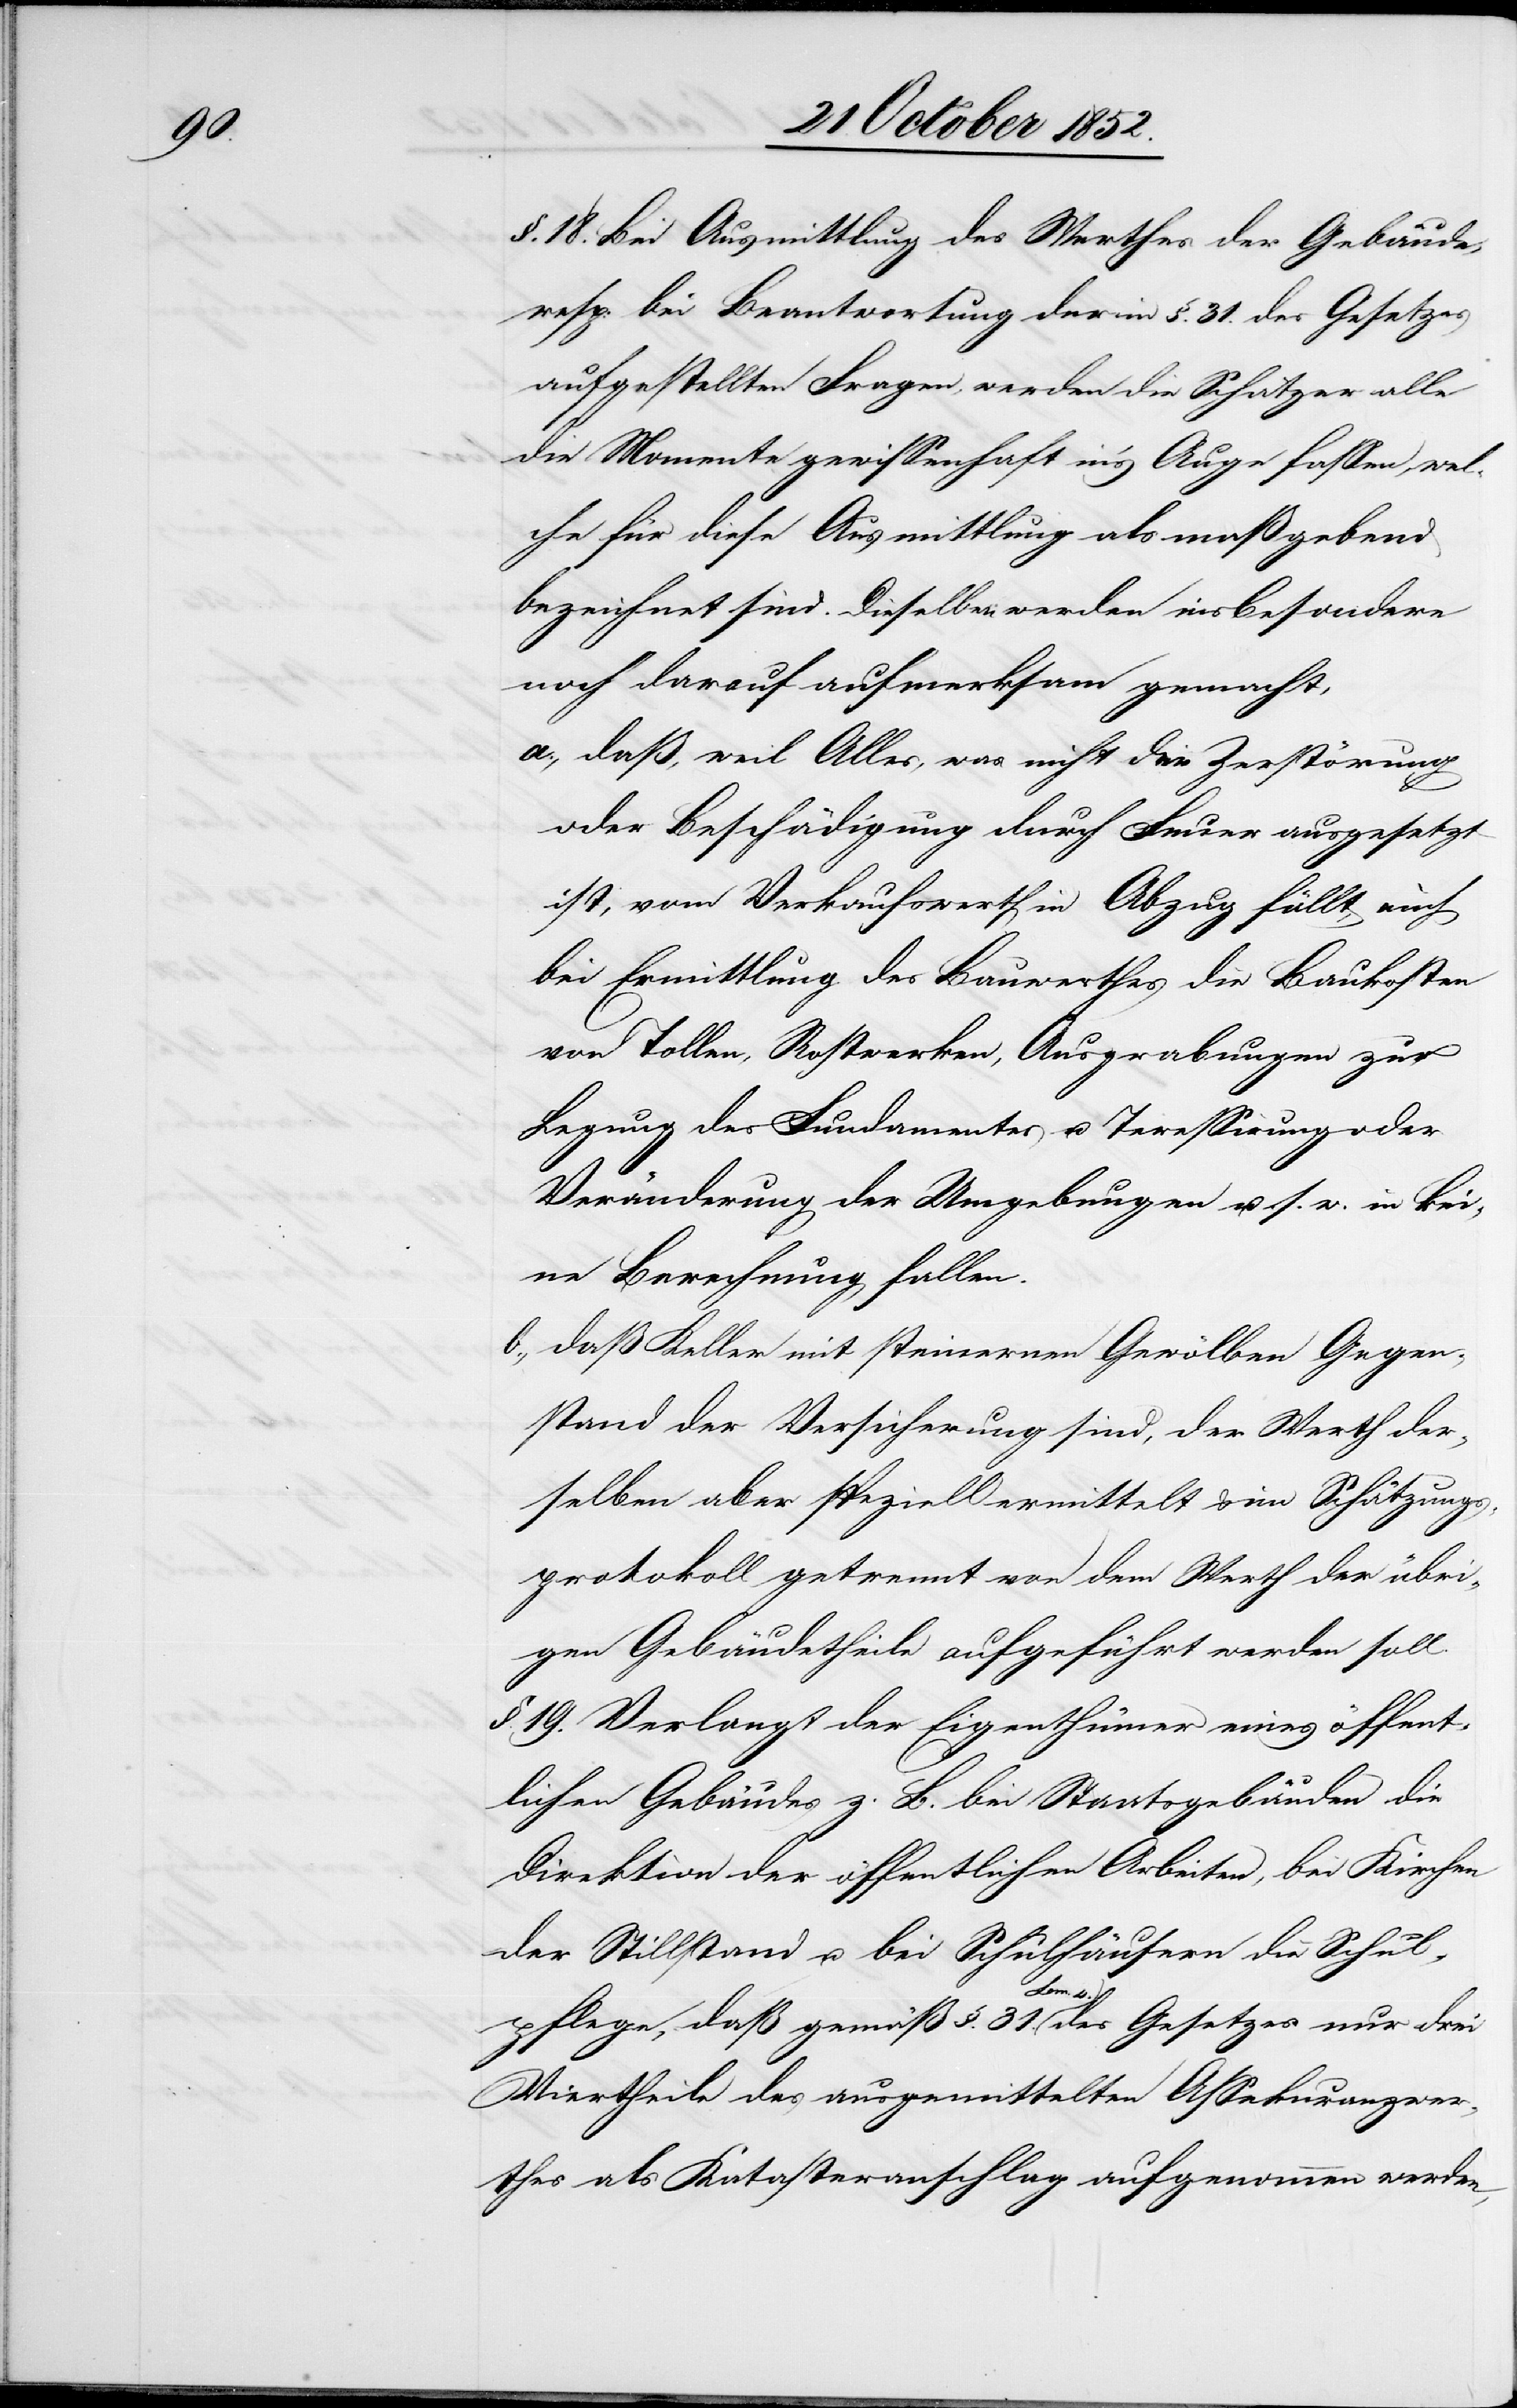
§. 18. Bei Ausmittlung des Werthes der Gebäude,
resp: bei Beantwortung der in §. 31. des Gesetzes
aufgestellten Fragen, werden die Schätzer alle
die Momente gewissenhaft in’s Auge fassen, wel¬
che für diese Ausmittlung als maßgebend
bezeichnet sind. Dieselben werden insbesondere
noch darauf aufmerksam gemacht,
daß, weil Alles, was nicht der Zerstörung
oder Beschädigung durch Feuer ausgesetzt
ist, vom Verkaufswerth in Abzug fällt, auch
bei Ermittlung des Bauwerthes die Baukosten
von Tollen, Rostwerken, Ausgrabungen zur
Legung des Fundamentes u. Teressirung oder
Veränderung der Umgebungen u. s. w. in kei¬
ne Berechnung fallen.
daß Keller mit steinernen Gewölben Gegen¬
stand der Versicherung sind, der Werth der¬
selben aber speziell ermittelt & im Schätzungs¬
protokoll getrennt von dem Werth der übri¬
gen Gebäudetheile aufgeführt werden soll.
§. 19. Verlangt der Eigenthümer eines öffent¬
lichen Gebäudes z. B. bei Staatsgebäuden die
Direktion der öffentlichen Arbeiten, bei Kirchen
der Stillstand u. bei Schulhäusern die Schul¬
pflege, daß gemäß §. 31. Lem. 4. des Gesetzes nur drei
Viertheile des ausgemittelten Assekuranzwer¬
thes als Katasteranschlag aufgenommen werden,